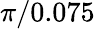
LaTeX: \pi/0.075